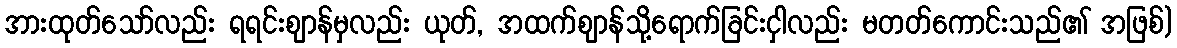
အားထုတ်သော်လည်း ရရင်းဈာန်မှလည်း ယုတ်, အထက်ဈာန်သို့ရောက်ခြင်းငှါလည်း မတတ်ကောင်းသည်၏ အဖြစ်)